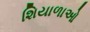
શિયાળાઓ